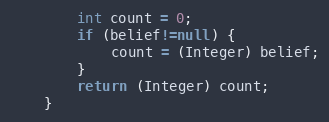
Language: Java
        int count = 0;
        if (belief!=null) {
            count = (Integer) belief;
        }
        return (Integer) count;
    }